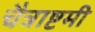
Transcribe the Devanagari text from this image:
चैत्राष्टमी